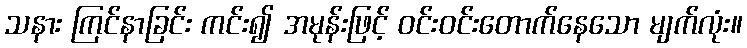
သနား ကြင်နာခြင်း ကင်း၍ အမုန်းဖြင့် ဝင်းဝင်းတောက်နေသော မျက်လုံး။